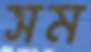
সম